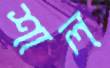
শাল